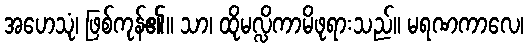
အဟေသုံ၊ ဖြစ်ကုန်၏။ သာ၊ ထိုမလ္လိကာမိဖုရားသည်။ မရဏကာလေ၊